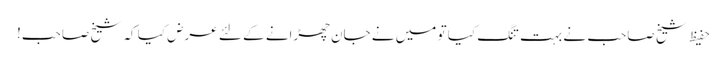
حفیظ شیخ صاحب نے بہت تنگ کیا تو میں نے جان چھڑانے کے لئے عرض کیا کہ شیخ صاحب!